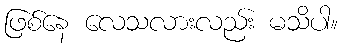
ဖြစ်နေ လေသလားလည်း မသိပါ။